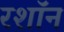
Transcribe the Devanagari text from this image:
रशॉन